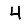
Digit: 4